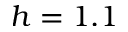
h = 1 . 1